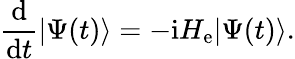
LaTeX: \frac{\mathrm{d}}{\mathrm{d}t}|\Psi(t)\rangle=-\mathrm{i}H_{\mathrm{e}}|\Psi(t)\rangle.